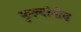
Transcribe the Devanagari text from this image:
फुल्यांनीव